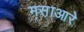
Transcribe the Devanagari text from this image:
मस़ाआरे